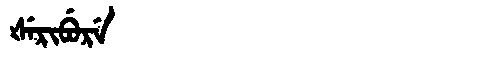
Manchu: ᡧᡝᡵᡳᠪᡠᡵᡝ
Romanization: ŠERIBURE